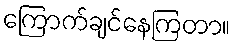
ကြောက်ချင်နေကြတာ။